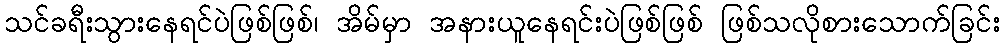
သင်ခရီးသွားနေရင်ပဲဖြစ်ဖြစ်၊ အိမ်မှာ အနားယူနေရင်းပဲဖြစ်ဖြစ် ဖြစ်သလိုစားသောက်ခြင်း